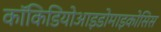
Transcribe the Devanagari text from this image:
कॉकिडियोआइडोमाइकोसिस